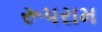
રૂપરામ